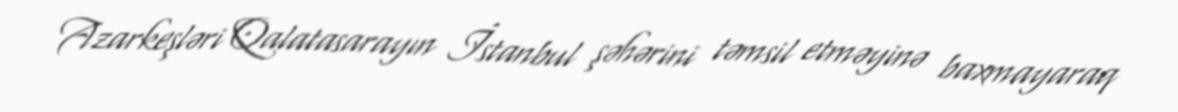
Azarkeşləri Qalatasarayın İstanbul şəhərini təmsil etməyinə baxmayaraq